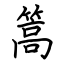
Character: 篙